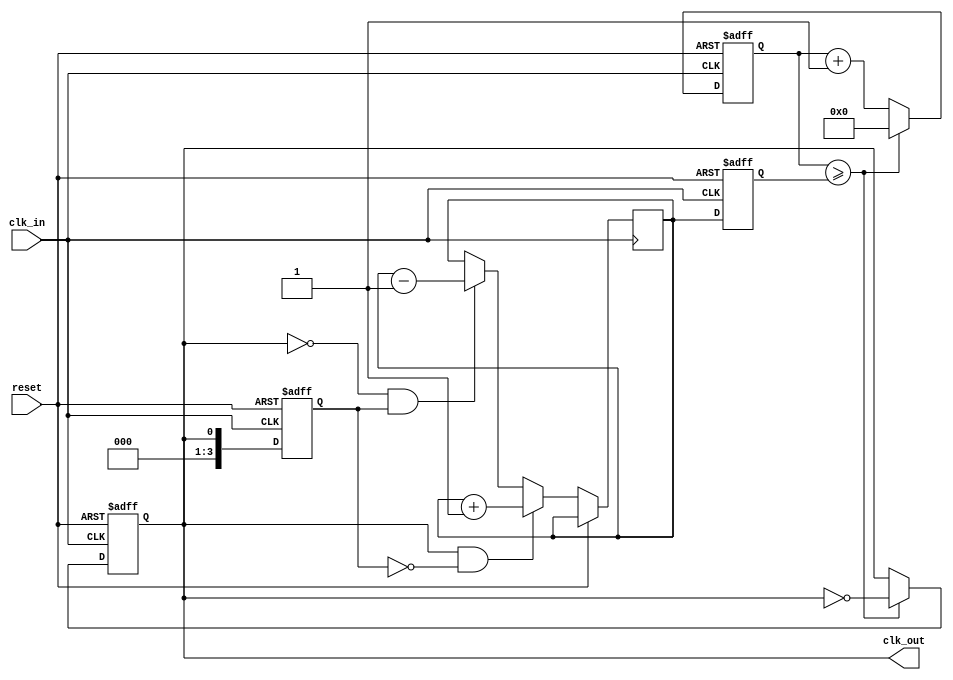
module MemoryBlocksClockRecoveryPLL (
    input wire clk_in,             // Incoming data signal
    input wire reset,              // Reset signal
    output reg clk_out             // Synchronized output clock
);

// Parameters for PLL design
parameter CYCLE_COUNTER_MAX = 4; // Adjust as necessary for your design

// Internal signals
reg [CYCLE_COUNTER_MAX-1:0] phase_error; // Phase error signal
reg [CYCLE_COUNTER_MAX-1:0] phase_detector_output; // PD output
reg [CYCLE_COUNTER_MAX-1:0] loop_filter_output; // LF output
reg [CYCLE_COUNTER_MAX-1:0] vco_output; // VCO output
reg [31:0] counter; // Frequency counter for VCO

// State for VCO
always @(posedge reset or posedge clk_in) begin
    if (reset) begin
        counter <= 0;
        clk_out <= 0;
    end else begin
        counter <= counter + 1;
        if (counter >= loop_filter_output) begin
            clk_out <= ~clk_out;
            counter <= 0;
        end
    end
end

// Phase Detector implementation (simple edge detection)
always @(posedge clk_in or posedge reset) begin
    if (reset) begin
        phase_detector_output <= 0;
    end else begin
        // Compare edges of incoming data signal with clk_out
        // This section may require more complexity based on your specific edge detection needs.
        if (clk_out && !phase_detector_output) begin
            phase_error <= phase_error + 1; // Phase leading
        end else if (!clk_out && phase_detector_output) begin
            phase_error <= phase_error - 1; // Phase lagging
        end
        phase_detector_output <= clk_out; // Store current output clock state
    end
end

// Loop Filter implementation: Simple Integrator
always @(posedge clk_in or posedge reset) begin
    if (reset) begin
        loop_filter_output <= 0;
    end else begin
        // A simple integration of the phase error can be added here.
        loop_filter_output <= phase_error; // Adjust filter constants as needed.
    end
end

// Voltage-Controlled Oscillator
always @(posedge clk_in or posedge reset) begin
    if (reset) begin
        vco_output <= 0;
    end else begin
        // Here, we could adjust the frequency based on loop_filter_output
        // For simplicity, we use direct control in this example.
        vco_output <= loop_filter_output; 
    end
end

endmodule